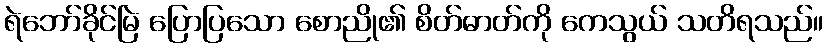
ရဲဘော်ခိုင်မြဲ ပြောပြသော စောညို၏ စိတ်ဓာတ်ကို ကေသွယ် သတိရသည်။